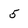
Character: 5